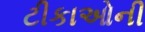
ટીકાઓની